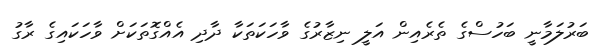
ބަރުލަމާނީ ބަހުސްގެ ތެރެއިން އަލީ ނިޒާރުގެ ވާހަކަތަކާ ދާދި އެއްގޮތަކަށް ވާހަކައިގެ ރާގު